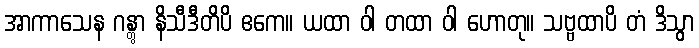
အာကာသေန ဂန္တွာ နိသီဒီတိပိ ဧကေ။ ယထာ ဝါ တထာ ဝါ ဟောတု။ သဗ္ဗထာပိ တံ ဒိသွာ